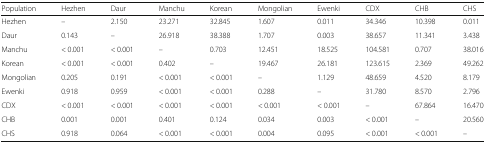
<table><thead><tr><td><b>Population</b></td><td><b>Hezhen</b></td><td><b>Daur</b></td><td><b>Manchu</b></td><td><b>Korean</b></td><td><b>Mongolian</b></td><td><b>Ewenki</b></td><td><b>CDX</b></td><td><b>CHB</b></td><td><b>CHS</b></td></tr></thead><tbody><tr><td>Hezhen</td><td>–</td><td>2.150</td><td>23.271</td><td>32.845</td><td>1.607</td><td>0.011</td><td>34.346</td><td>10.398</td><td>0.011</td></tr><tr><td>Daur</td><td>0.143</td><td>–</td><td>26.918</td><td>38.388</td><td>1.707</td><td>0.003</td><td>38.657</td><td>11.341</td><td>3.438</td></tr><tr><td>Manchu</td><td>&lt; 0.001</td><td>&lt; 0.001</td><td>–</td><td>0.703</td><td>12.451</td><td>18.525</td><td>104.581</td><td>0.707</td><td>38.016</td></tr><tr><td>Korean</td><td>&lt; 0.001</td><td>&lt; 0.001</td><td>0.402</td><td>–</td><td>19.467</td><td>26.181</td><td>123.615</td><td>2.369</td><td>49.262</td></tr><tr><td>Mongolian</td><td>0.205</td><td>0.191</td><td>&lt; 0.001</td><td>&lt; 0.001</td><td>–</td><td>1.129</td><td>48.659</td><td>4.520</td><td>8.179</td></tr><tr><td>Ewenki</td><td>0.918</td><td>0.959</td><td>&lt; 0.001</td><td>&lt; 0.001</td><td>0.288</td><td>–</td><td>31.780</td><td>8.570</td><td>2.796</td></tr><tr><td>CDX</td><td>&lt; 0.001</td><td>&lt; 0.001</td><td>&lt; 0.001</td><td>&lt; 0.001</td><td>&lt; 0.001</td><td>&lt; 0.001</td><td>–</td><td>67.864</td><td>16.470</td></tr><tr><td>CHB</td><td>0.001</td><td>0.001</td><td>0.401</td><td>0.124</td><td>0.034</td><td>0.003</td><td>&lt; 0.001</td><td>–</td><td>20.560</td></tr><tr><td>CHS</td><td>0.918</td><td>0.064</td><td>&lt; 0.001</td><td>&lt; 0.001</td><td>0.004</td><td>0.095</td><td>&lt; 0.001</td><td>&lt; 0.001</td><td>–</td></tr></tbody></table>